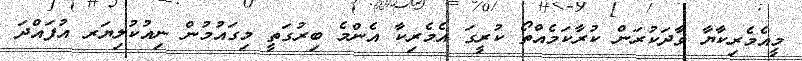
މީއެމެރިކާޔާ ވާދަކުރަން ކުރާކަމެއްތޯ ކުރީގަ އެމެރިކާ އެންމެ ބިރުގަތީ މިގައުމުން ނިއުކުލިޔަރ އުފައްދަ